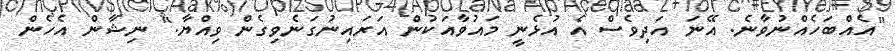
"އެއްބަހެއްނުވާނެ. އޭނަ އަދިވެސް އެ އުޅެނީ މައުވާއަކުން އަރައިނުގަނެވިގެން ވިއްޔާ." ނިޝާން އެހެން